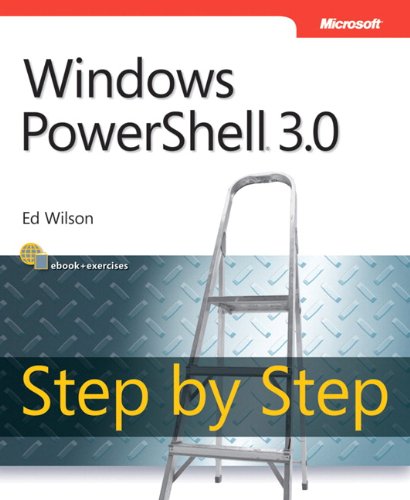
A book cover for Windows PowerShell 3.0 Step by Step (Step by Step Developer); Ed Wilson; Computers & Technology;